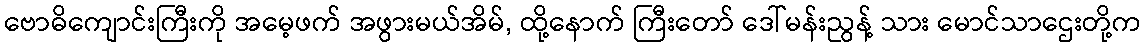
ဗောဓိကျောင်းကြီးကို အမေ့ဖက် အဖွားမယ်အိမ်, ထို့နောက် ကြီးတော် ဒေါ်မန်းညွန့် သား မောင်သာဌေးတို့က